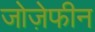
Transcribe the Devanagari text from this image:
जोज़ेफीन